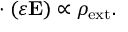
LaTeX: { \bf \nabla } \cdot ( \varepsilon { \bf E } ) \propto \rho _ { \mathrm { e x t } } .